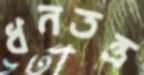
ধনতন্ত্র